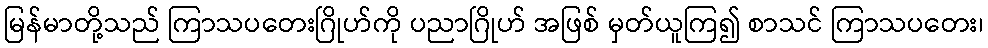
မြန်မာတို့သည် ကြာသပတေးဂြိုဟ်ကို ပညာဂြိုဟ် အဖြစ် မှတ်ယူကြ၍ စာသင် ကြာသပတေး၊